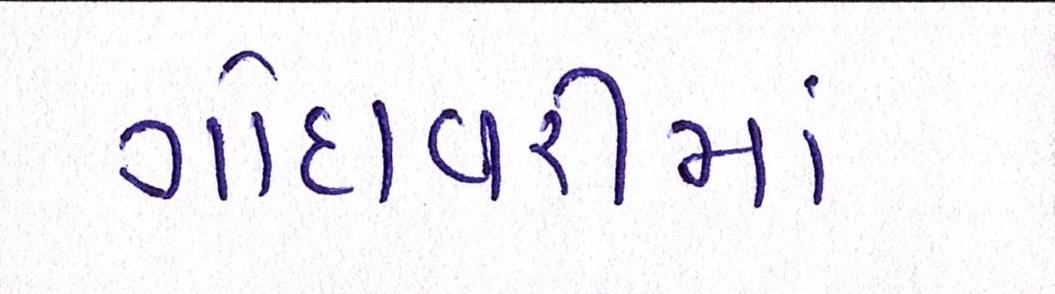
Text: ગોદાવરીમાં